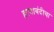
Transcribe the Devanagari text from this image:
हत्याबंदीचा